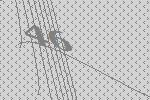
46